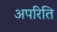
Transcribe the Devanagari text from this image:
अपरिति